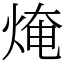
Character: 㷈